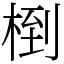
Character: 椡